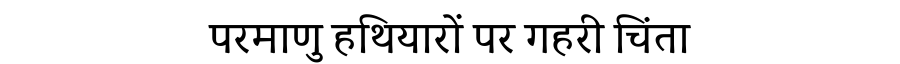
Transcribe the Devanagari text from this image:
परमाणु हथियारों पर गहरी चिंता